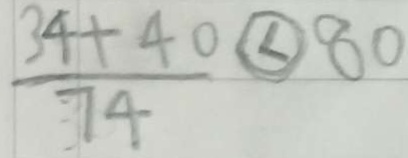
\frac { 3 4 + 4 0 } { 7 4 } < 8 0